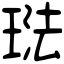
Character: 琺